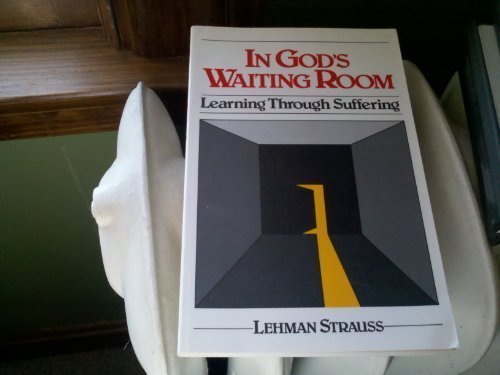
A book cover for In God's Waiting Room: Learning Through Suffering; Lehman Strauss; Health, Fitness & Dieting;